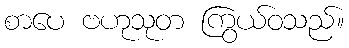
စာပေ ဗဟုသုတ ကြွယ်ဝသည်။